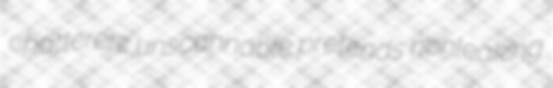
chattererz unscannable pretends nonleaking